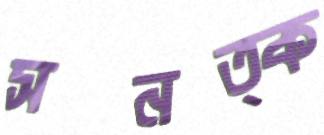
সনত্ক